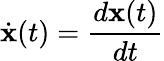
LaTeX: \dot{\mathbf{x}}(t)=\frac{d\mathbf{x}(t)}{dt}